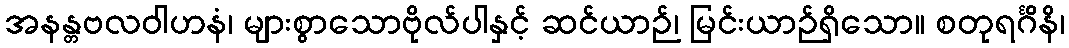
အနန္တဗလဝါဟနံ၊ များစွာသောဗိုလ်ပါနှင့် ဆင်ယာဉ်၊ မြင်းယာဉ်ရှိသော။ စတုရင်္ဂိနိ၊